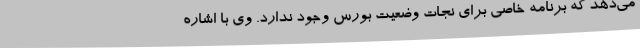
می‌دهد که برنامه خاصی برای نجات وضعیت بورس وجود ندارد. وی با اشاره